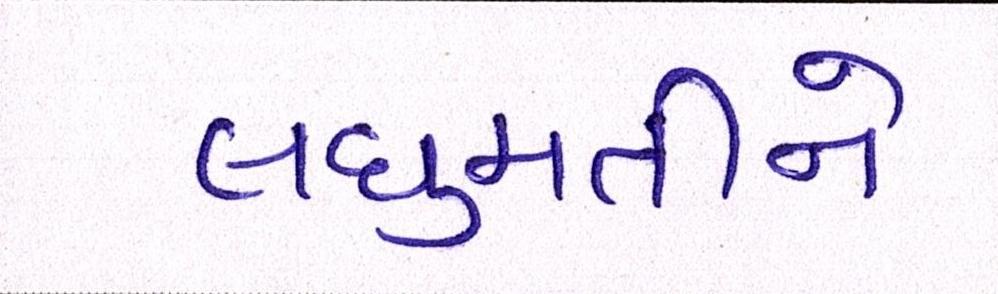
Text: લઘુમતીને